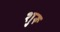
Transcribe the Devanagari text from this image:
शु्रू